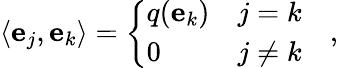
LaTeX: \langle\mathbf{e}_{j},\mathbf{e}_{k}\rangle=\left\{ {\begin{array}{ll}{q(\mathbf{e}_{k})}&{j=k}\\ {0}&{j\neq k}\end{array}}\right.\quad,